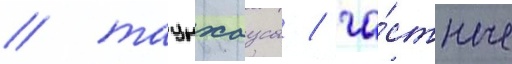
/ таунхаусы / ча́стные